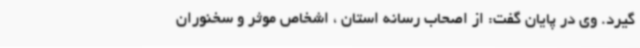
گیرد. وی در پایان گفت: از اصحاب رسانه استان ، اشخاص موثر و سخنوران